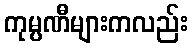
ကုမ္ပဏီများကလည်း